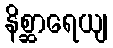
နိစ္ဆာရေယျ